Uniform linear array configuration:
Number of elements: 16
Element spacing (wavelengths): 0.25
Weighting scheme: kaiser
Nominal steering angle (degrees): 0
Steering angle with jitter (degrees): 0.867
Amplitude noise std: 0.05
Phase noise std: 0.05

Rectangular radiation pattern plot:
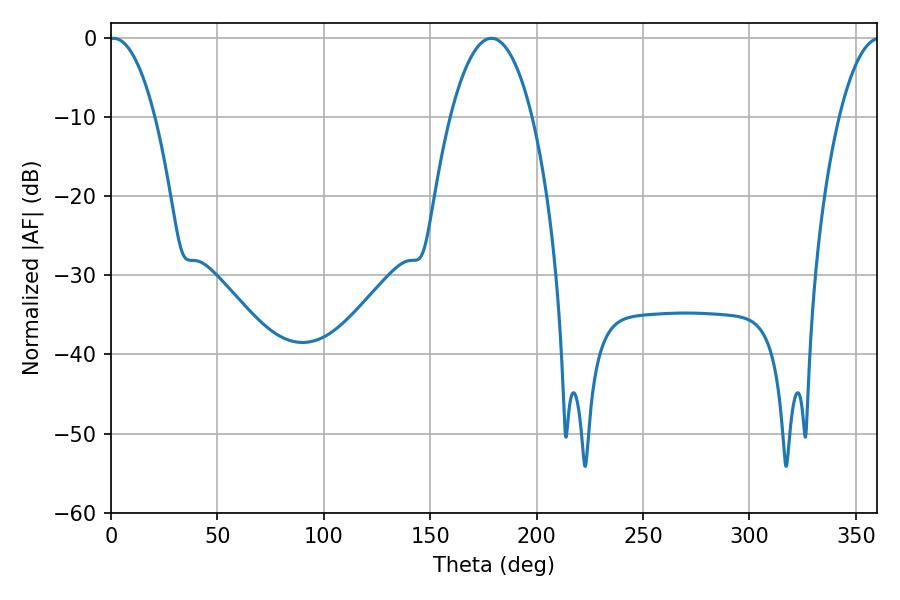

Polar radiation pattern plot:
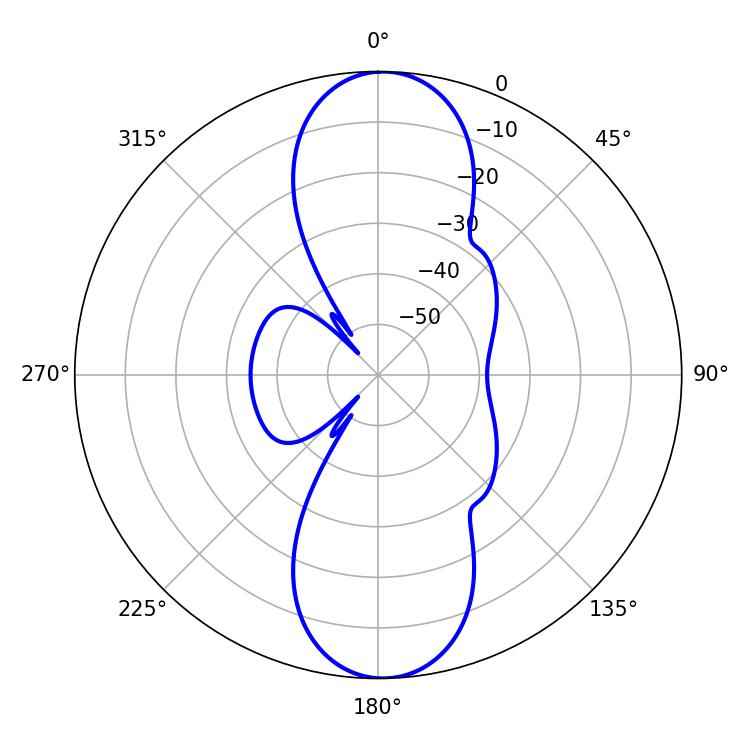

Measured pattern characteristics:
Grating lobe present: FALSE
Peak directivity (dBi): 20.236
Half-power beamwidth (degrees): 21.24
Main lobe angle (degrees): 178.74